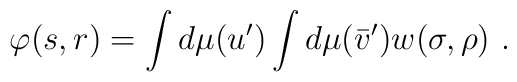
\varphi(s,r) = \int d\mu(u') \int d\mu(\bar v') w(\sigma,\rho) \ .